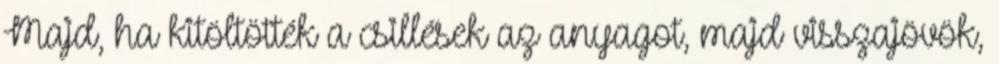
Majd, ha kitöltötték a csillések az anyagot, majd visszajövök,